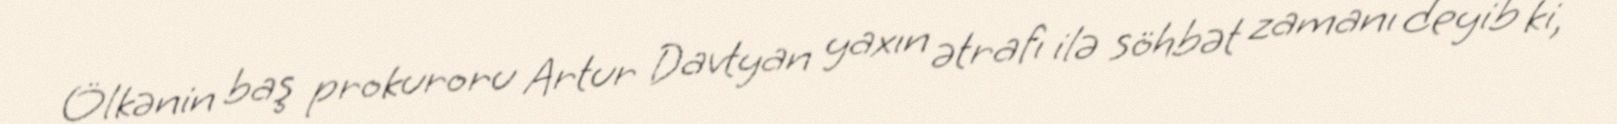
Ölkənin baş prokuroru Artur Davtyan yaxın ətrafı ilə söhbət zamanı deyib ki,